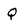
Character: Q